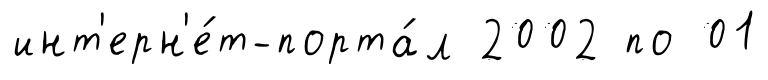
инт'ерн'е́т-порта́л 2002 по 01